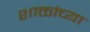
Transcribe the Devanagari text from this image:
शाक्तांच्या